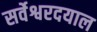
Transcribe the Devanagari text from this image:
सर्वेश्वरदयाल